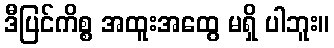
ဒီပြင်ကိစ္စ အထူးအထွေ မရှိ ပါဘူး။